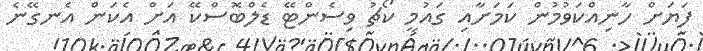
ފަޔަށް ހާނިއްކަވުމުން ކަމަށާއި ގައުމީ ކޯޗު ވިސެންޓޭ ޑެލްބޮސްކޭ އަށް އެކަން އެނގޭނެ